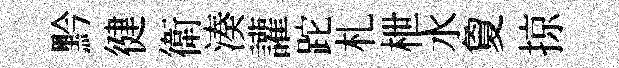
黔徤衛湊讙跎札枻水夐掠